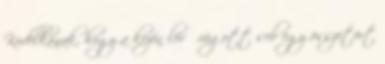
Kodelkának, hogy a kezén lévő vágott seb egy összetört